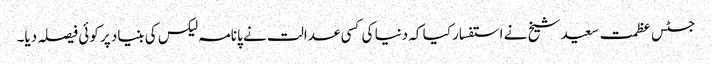
جسٹس عظمت سعید شیخ نے استفسار کیا کہ دنیا کی کسی عدالت نے پانامہ لیکس کی بنیاد پر کوئی فیصلہ دیا۔